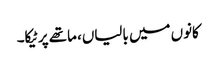
کانوں میں بالیاں، ماتھے پر ٹیکا۔